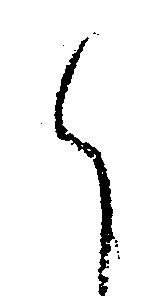
か